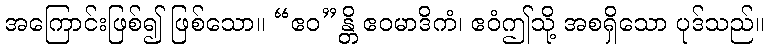
အကြောင်းဖြစ်၍ ဖြစ်သော။ “ဧဝ”န္တိ ဧဝမာဒိကံ၊ ဧဝံဤသို့ အစရှိသော ပုဒ်သည်။